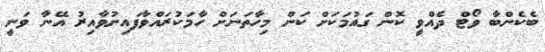
ބެކެންބާ ވޯޓް ދެއްވީ ކޮން ގައުމަކަށް ކަން މިހާތަނަށް ހާމަކުރައްވާފައިނުވާއިރު އޭނާ ވަނީ